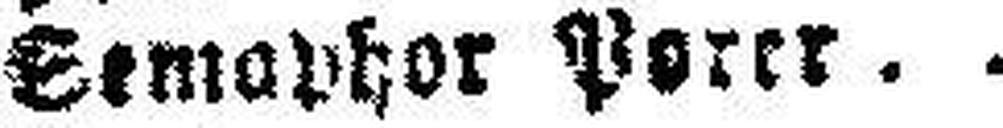
Semaphor Porer